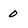
Character: 0